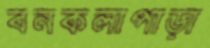
বনকলাপাড়া